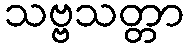
သဗ္ဗသတ္တာ